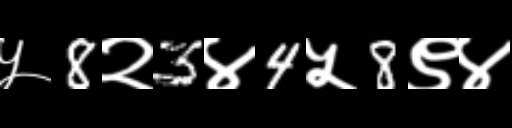
Text: ५8२3४4५8९४